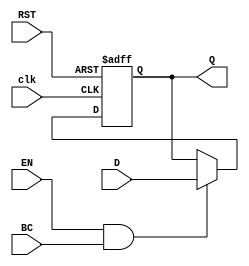
module BarrierRegister (
    input wire [N-1:0] D,         // Data input (N-bit wide)
    input wire EN,                // Enable signal
    input wire BC,                // Barrier condition signal
    input wire RST,               // Asynchronous reset signal
    input wire clk,               // Clock signal
    output reg [N-1:0] Q          // Data output (N-bit wide)
);

// Parameter to define the width of the register
parameter N = 8; // Change this value based on the required data width

// Asynchronous reset and synchronous updating logic
always @(posedge clk or posedge RST) begin
    if (RST) begin
        Q <= {N{1'b0}};            // Reset output to 0
    end else if (EN && BC) begin
        Q <= D;                   // Update output with input data when conditions are met
    end
    // If Enable is low or Barrier Condition is not satisfied,
    // Q retains its previous value (no assignment needed)
end

endmodule